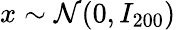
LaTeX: x\sim\mathcal{N}(0,I_{200})